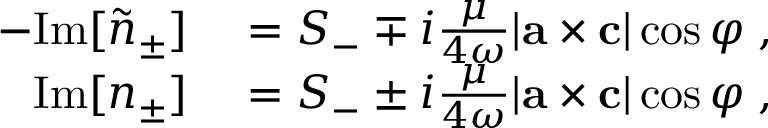
\begin{array} { r l } { - \mathrm { I m } [ \tilde { n } _ { \pm } ] } & { { } = S _ { - } \mp i \frac { \mu } { 4 \omega } | { \bf { a } } \times { \bf { c } } | \cos \varphi \; , } \\ { \mathrm { I m } [ { n } _ { \pm } ] } & { { } = S _ { - } \pm i \frac { \mu } { 4 \omega } | { \bf { a } } \times { \bf { c } } | \cos \varphi \; , } \end{array}